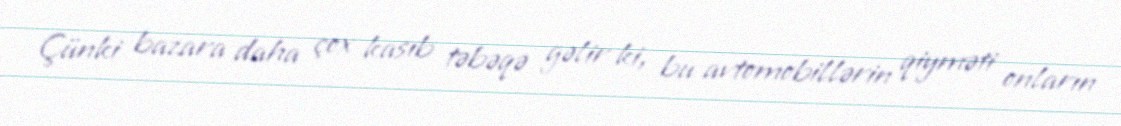
Çünki bazara daha çox kasıb təbəqə gəlir ki, bu avtomobillərin qiyməti onların